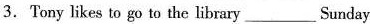
3.Tony likes to go to the library___Sunday